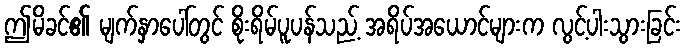
ဤမိခင်၏ မျက်နှာပေါ်တွင် စိုးရိမ်ပူပန်သည့် အရိပ်အယောင်များက လွင့်ပါးသွားခြင်း